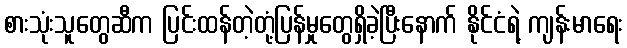
စားသုံးသူတွေဆီက ပြင်းထန်တဲ့တုံ့ပြန်မှုတွေရှိခဲ့ပြီးနောက် နိုင်ငံရဲ့ ကျန်းမာရေး